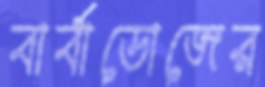
বার্বাডোজের